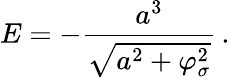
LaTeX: E=-\frac{a^{3}}{\sqrt{a^{2}+\varphi_{\sigma}^{2}}}\, .